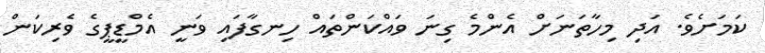
ކަމަށެވެ. އަދި މިހާތަނަށް އެންމެ ގިނަ ވައްކަންތައް ހިނގާފައި ވަނީ އެމްޑީޕީގެ ވެރިކަން